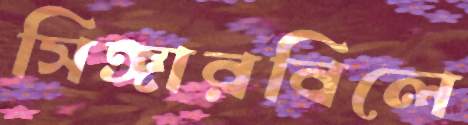
সিঙ্গারবিলে